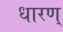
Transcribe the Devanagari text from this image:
धारण्